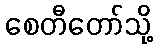
စေတီတော်သို့